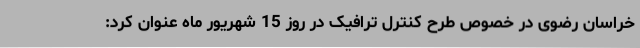
خراسان رضوی در خصوص طرح کنترل ترافیک در روز 15 شهریور ماه عنوان کرد: